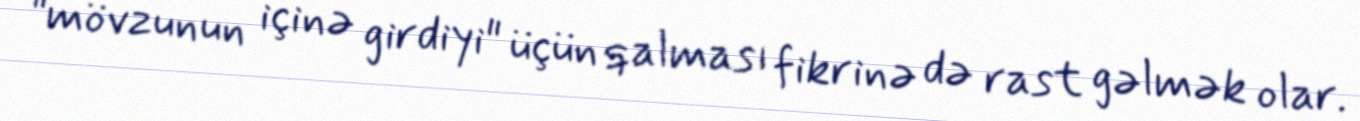
"mövzunun içinə girdiyi" üçün qalması fikrinə də rast gəlmək olar.